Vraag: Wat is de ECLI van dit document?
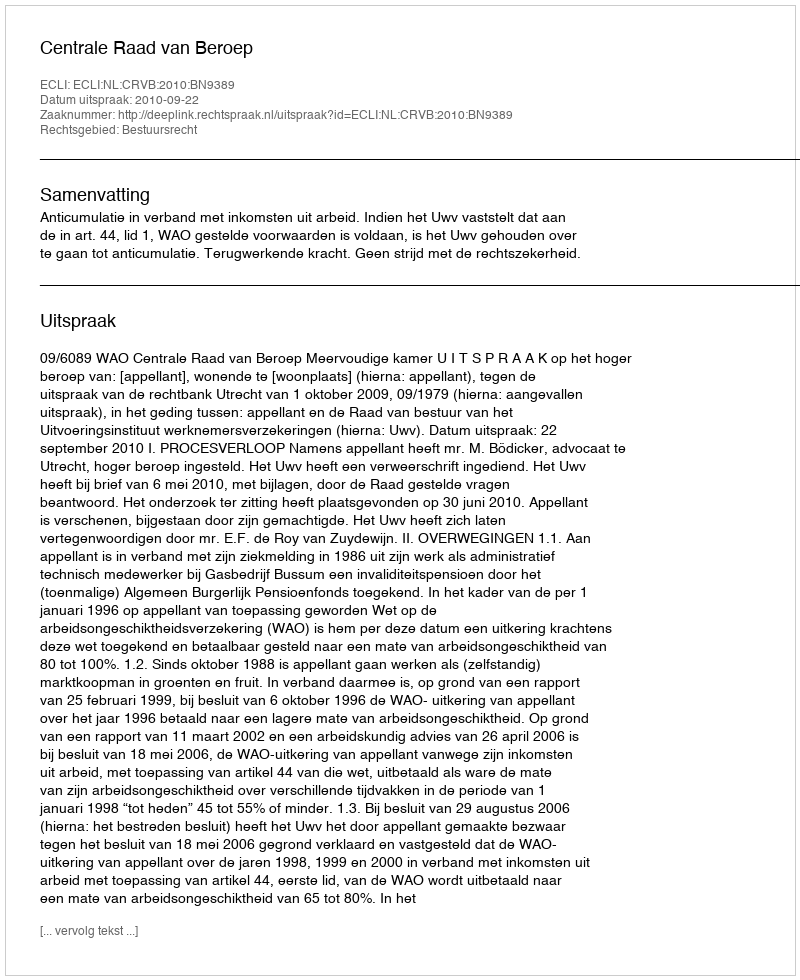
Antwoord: ECLI:NL:CRVB:2010:BN9389